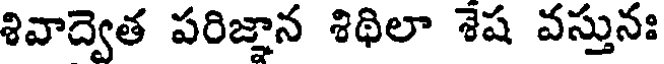
శివాద్వెత పరిజ్ఞాన శిథిలా శెష వస్తునః